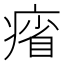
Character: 㾪